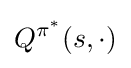
Q^{\pi ^{*}}(s,\cdot )